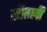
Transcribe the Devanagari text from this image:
सौतली